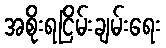
အစိုးရငြိမ်းချမ်းရေး